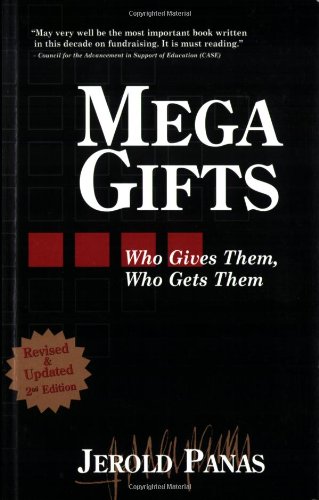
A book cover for Mega Gifts: 2nd Edition, Revised & Updated; Jerold Panas; Business & Money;